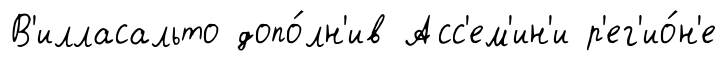
В'илласальто допо́лн'ив Асс'ем'ин'и р'ег'ио́н'е